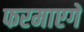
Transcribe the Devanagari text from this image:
फरमाएगें